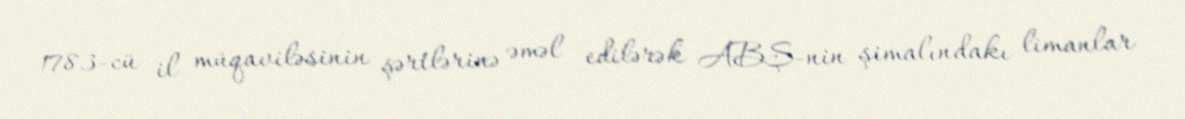
1783-cü il müqaviləsinin şərtlərinə əməl edilərək ABŞ-nin şimalındakı limanlar